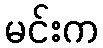
မင်းက